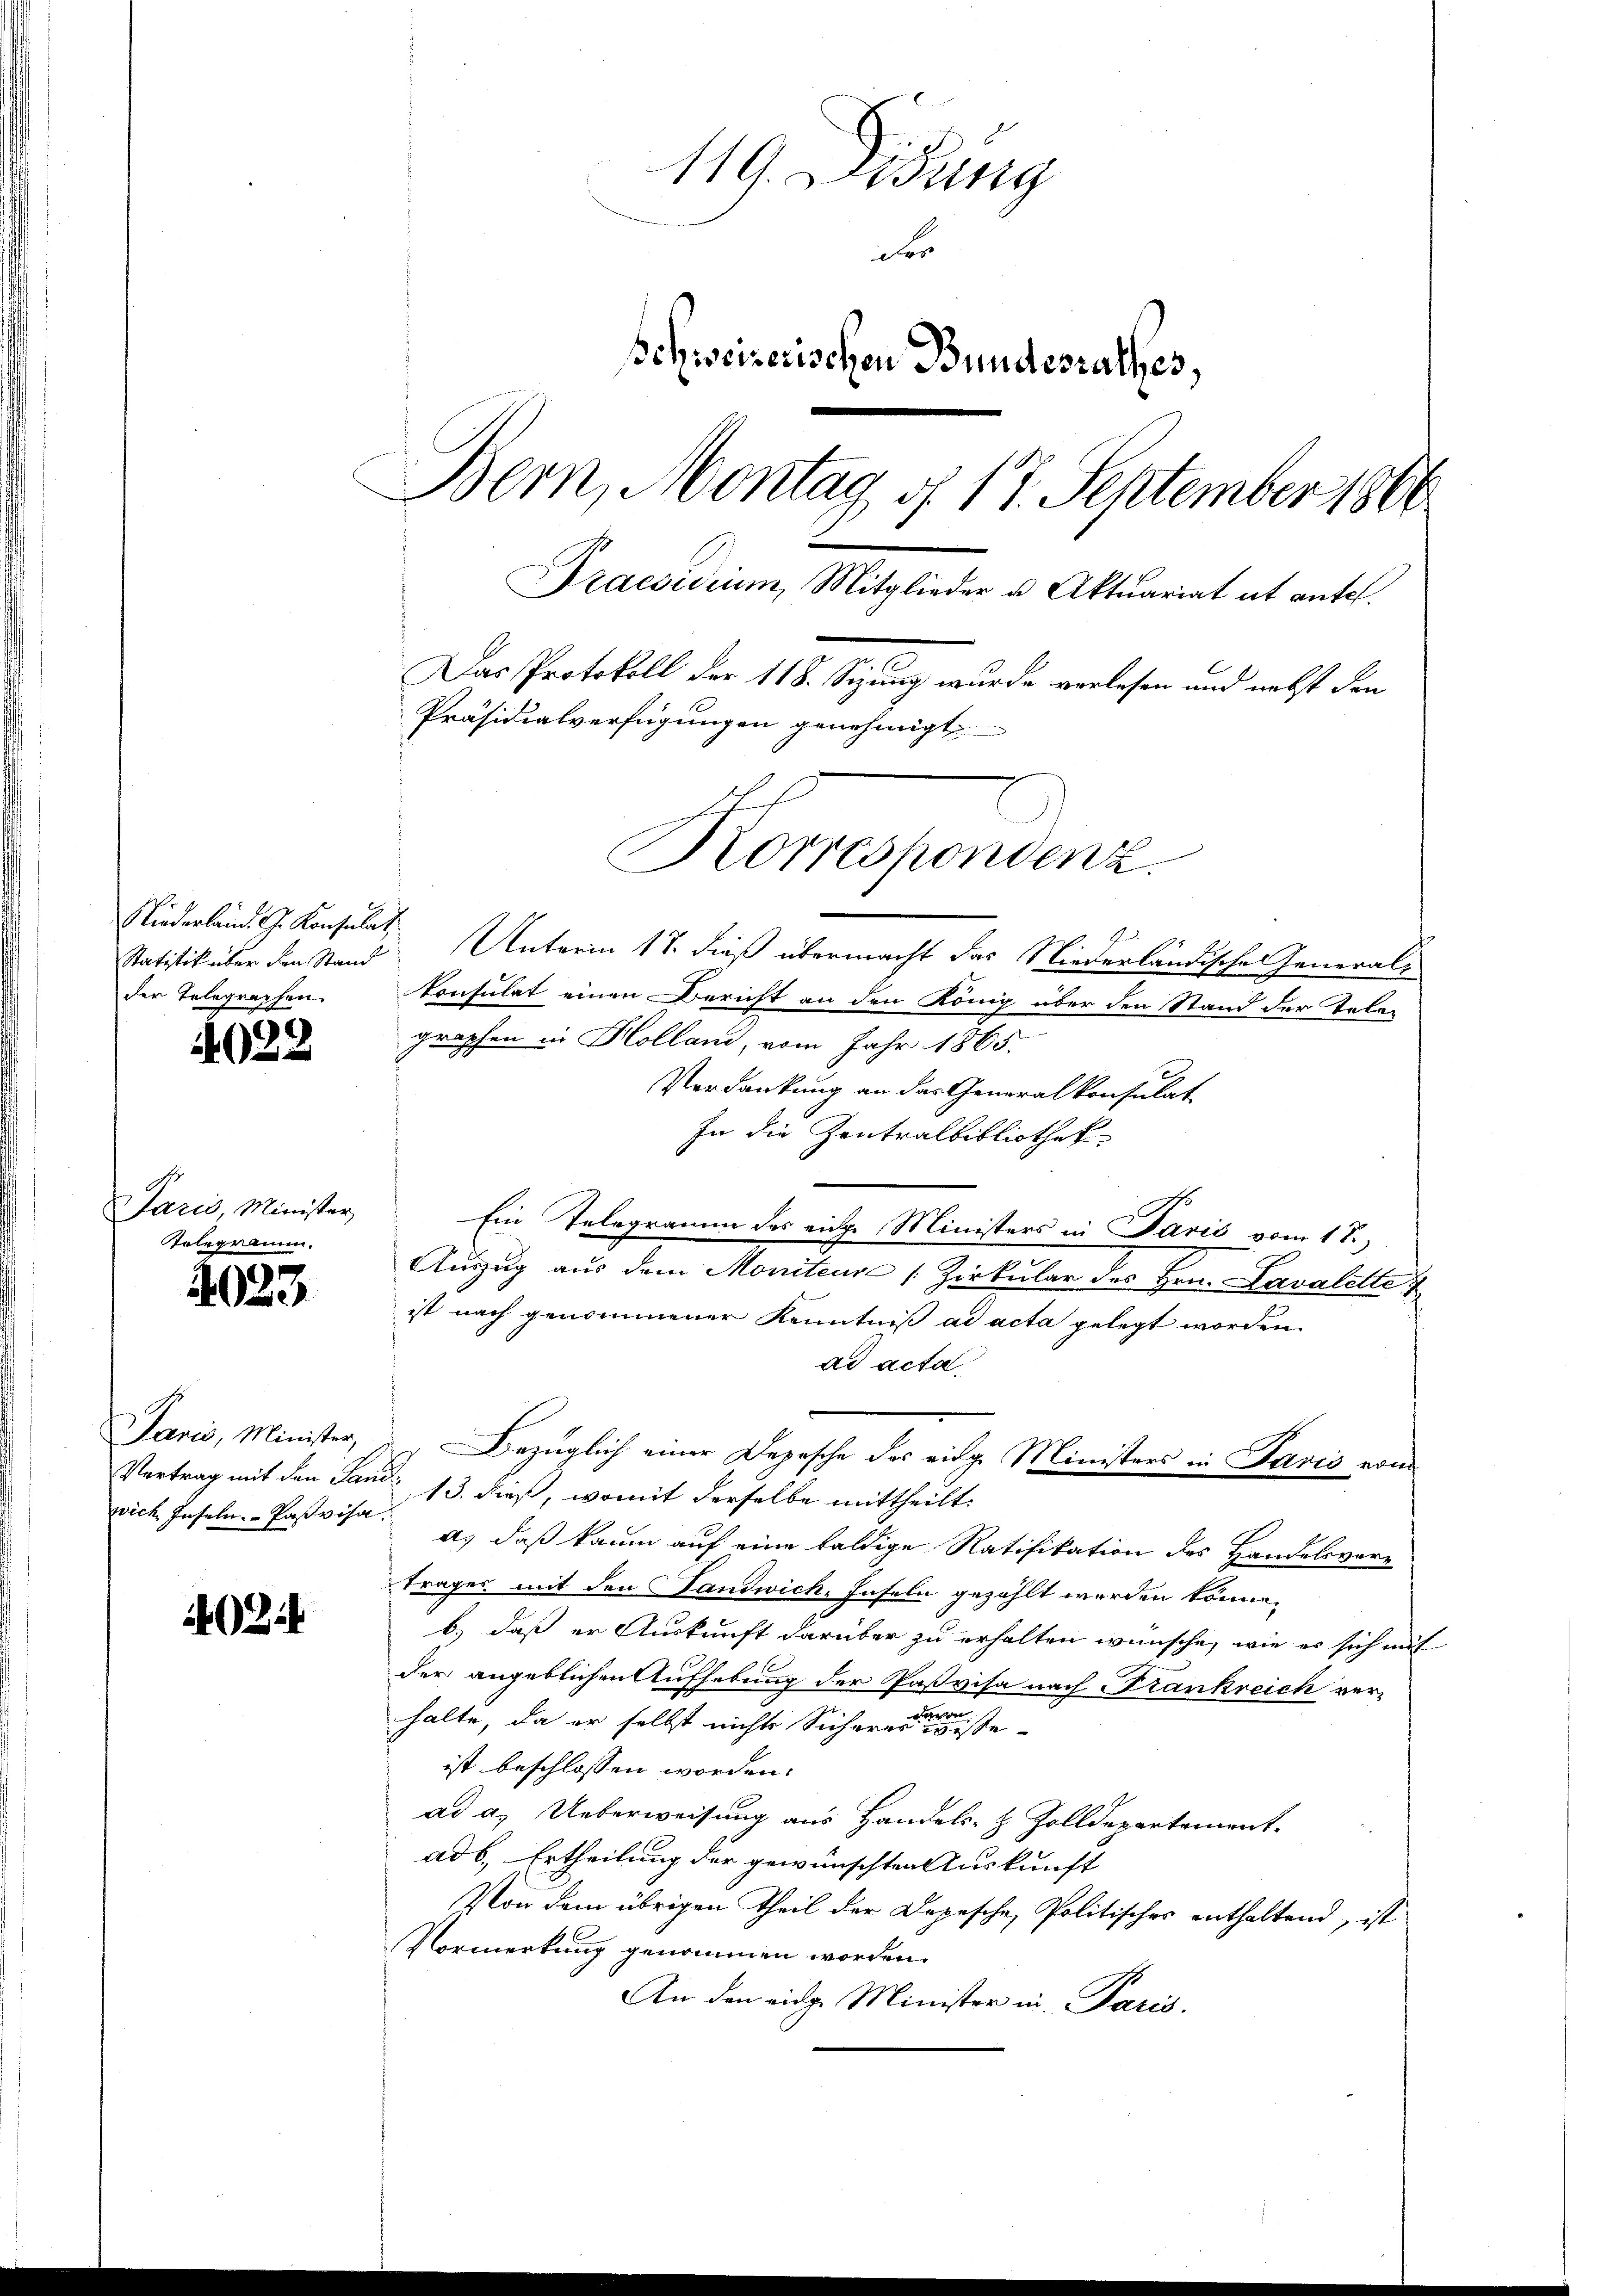
Statistik über den Stand
der Telegraphen

022

Paris, Minister,
Kolegramm.

4023

wich, Inseln. - Pastvis.

24

119. Didung
r
schweizerischen Bundesrathes,
Bern, Montag d. 17. September 1866
Praesidium, Mitglieder u. Aktuariat et ante.
Das Protokoll der 118. Sezung wurde verlesen und nebst den
Präsidialverfügungen genehmigt.
Korrespondenz.

Gliederland. G. Konsulat Unterm 17. dieß übermacht der Niederländische General¬
Konsulat einen Bericht an den König über den Stand der Tele-
graphen in Holland, vom Jahr 1865.
Verdankung an das Generalkonsulat
In die Zentralbibliothek
Ein Telegramm des eine Ministers in Paris vom 18.
Auszug aus dem Moniteure (Zirkular des Hrn. Lavalette &
ist nach genommener Kenntniß ad acta gelegt worden.
ad acta
Jarić, Minister, d. Bezüglich einer Depesche des eidge Ministers in Savis vom
Vertrag mit den Land 13. dieß, womit derselbe mittheilt:
a
a. daß kaum auf eine baldige Ratifikation des Handelsvertrages mit den Landwich, Inseln gezählt worden könne.
b) daß er Auskunft darüber zu erhalten wünsche, wie es sich mit
der angeblichen Aufhebung der Paßvisa nach Krankreich verhalte, da er selbst nichts Sicher eine geiste
ist beschlossen worden.
ad a. Ueberweisung aus Handels- & Zolldepartement-
ad b. Ertheilung der gewünschten Auskunft
Von dem übrigen Theil der Depesche Politisches enthaltend, ist
Vormerkung genommen worden.
An den eidge Minister in Paris.